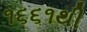
૧૬૬૧થી